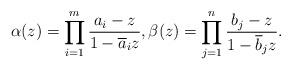
LaTeX: \begin{align*}\alpha(z)=\prod_{i=1}^{m}\frac{a_i-z}{1-\overline{a}_iz},\beta(z)=\prod_{j=1}^{n}\frac{b_j-z}{1-\overline{b}_jz}.\end{align*}